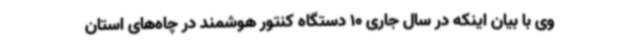
وی با بیان اینکه در سال جاری 10 دستگاه کنتور هوشمند در چاه‌های استان